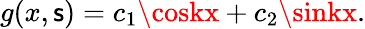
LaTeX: g(x,\mathsf{s})=c_{1}\coskx+c_{2}\sinkx.